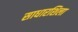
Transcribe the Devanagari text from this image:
साधारशिला